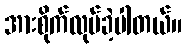
အားစိုက်လုပ်ခဲ့ပါတယ်။